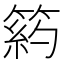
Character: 箹